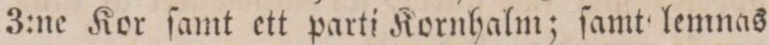
3:ne Kor ſamt ett parti Kornhalm; ſamt lemnas